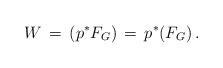
LaTeX: \begin{align*}W\,=\,(p^{*}F_{G})\,=\, p^{*}(F_{G})\,.\end{align*}